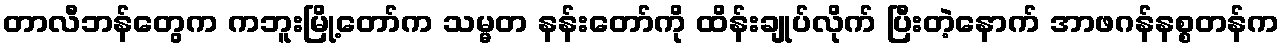
တာလီဘန်တွေက ကဘူးမြို့တော်က သမ္မတ နန်းတော်ကို ထိန်းချုပ်လိုက် ပြီးတဲ့နောက် အာဖဂန်နစ္စတန်က